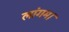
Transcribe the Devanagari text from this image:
लांगम।